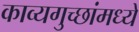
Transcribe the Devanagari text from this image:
काव्यगुच्छांमध्ये